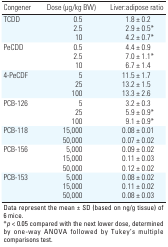
<table><thead><tr><td><b>Congener</b></td><td><b>Dose (μg/kg BW)</b></td><td><b>Liver:adipose ratio</b></td></tr></thead><tbody><tr><td>TCDD</td><td>0.5</td><td>1.8±0.2</td></tr><tr><td>2.5</td><td>2.9±0.5* </td></tr><tr><td>10</td><td>4.2±0.7* </td></tr><tr><td>PeCDD</td><td>0.5</td><td>4.4±0.9</td></tr><tr><td>2.5</td><td>7.0±1.1* </td></tr><tr><td>10</td><td>6.7±1.4</td></tr><tr><td>4-PeCDF</td><td>5</td><td>11.5±1.7</td></tr><tr><td>25</td><td>13.2±1.5</td></tr><tr><td>100</td><td>13.3±2.6</td></tr><tr><td>PCB-126</td><td>5</td><td>3.2±0.3</td></tr><tr><td>25</td><td>5.9±0.9* </td></tr><tr><td>100</td><td>9.1±0.9* </td></tr><tr><td>PCB-118</td><td>15,000</td><td>0.08±0.01</td></tr><tr><td>50,000</td><td>0.07±0.02</td></tr><tr><td>PCB-156</td><td>5,000</td><td>0.09±0.02</td></tr><tr><td>15,000</td><td>0.11±0.03 </td></tr><tr><td>50,000</td><td>0.12±0.02</td></tr><tr><td>PCB-153</td><td>5,000</td><td>0.08±0.02</td></tr><tr><td>15,000</td><td>0.11±0.02</td></tr><tr><td>50,000</td><td>0.08±0.03</td></tr><tr><td colspan="3">Data represent the mean±SD (based on ng/g tissue) of 6mice. *<i>p</i>&lt;0.05 compared with the next lower dose, determined by one-way ANOVA followed by Tukey’s multiple comparisons test. </td></tr></tbody></table>